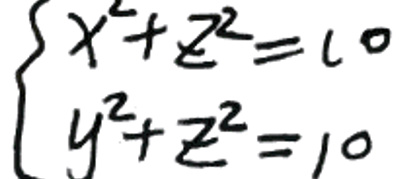
\left\{
\begin{array}{l}
x^{2}+z^{2}=10\\
y^{2}+z^{2}=10
\end{array}
\right.